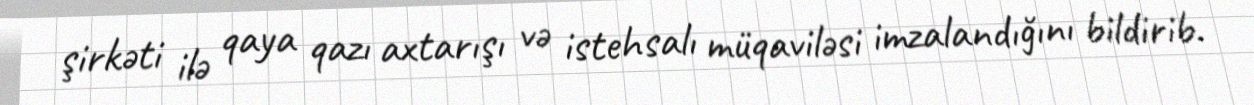
şirkəti ilə qaya qazı axtarışı və istehsalı müqaviləsi imzalandığını bildirib.